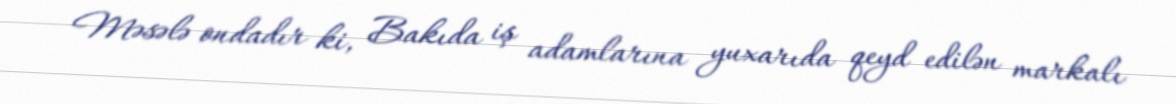
Məsələ ondadır ki, Bakıda iş adamlarına yuxarıda qeyd edilən markalı